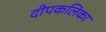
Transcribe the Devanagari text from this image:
दीपकलिका